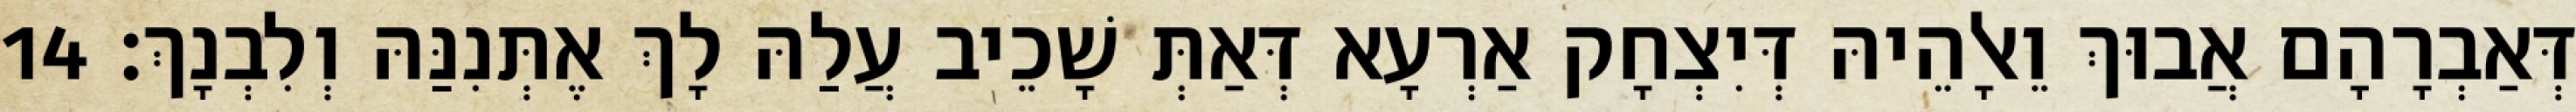
דְּאַבְרָהָם אֲבוּךְ וֵאלָהֵיהּ דְּיִצְחָק אַרְעָא דְּאַתְּ שָׁכֵיב עֲלַהּ לָךְ אֶתְּנִנַּהּ וְלִבְנָךְ׃ 14